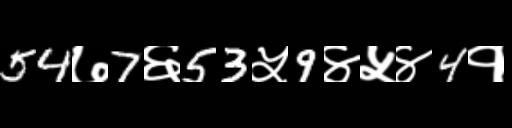
Text: 54७7६53५9४५४4१